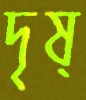
দৃষ্